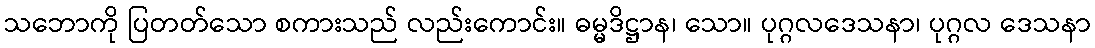
သဘောကို ပြတတ်သော စကားသည် လည်းကောင်း။ ဓမ္မဒိဋ္ဌာန၊ သော။ ပုဂ္ဂလဒေသနာ၊ ပုဂ္ဂလ ဒေသနာ